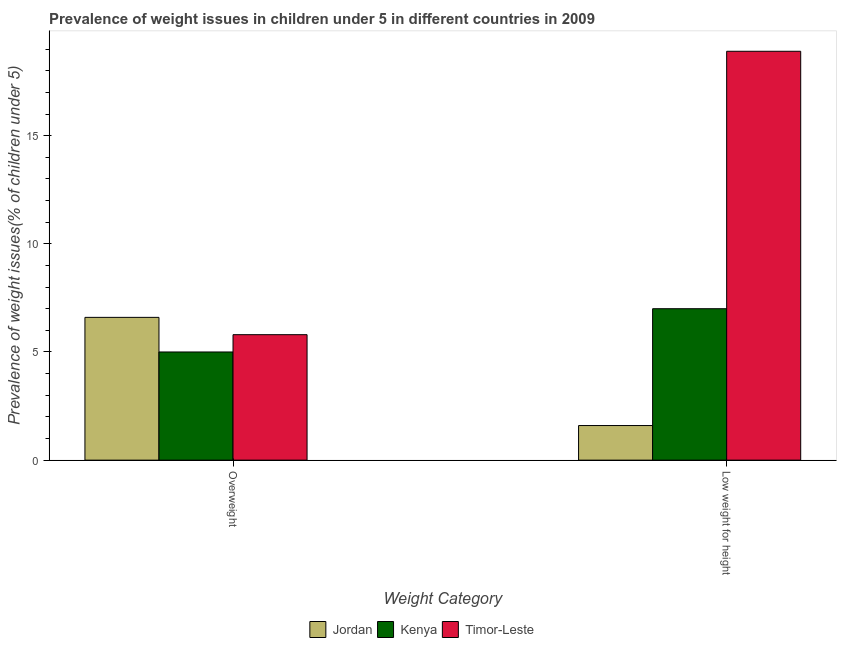
| Weight Category | Jordan | Kenya | Timor-Leste |
 | --- | --- | --- | --- |
 | Overweight | 6.6 | 5 | 5.8 |
 | Low weight for height | 1.6 | 7 | 18.9 |